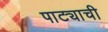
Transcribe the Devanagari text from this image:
पाट्याची